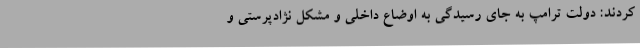
کردند: دولت ترامپ به جای رسیدگی به اوضاع داخلی و مشکل نژادپرستی و